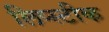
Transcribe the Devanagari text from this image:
लिप्स्टीक